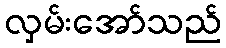
လှမ်းအော်သည်